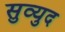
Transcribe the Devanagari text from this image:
सुव्युद